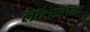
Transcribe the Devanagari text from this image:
लॉटरबाक